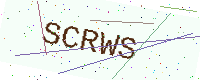
Text: SCRWS